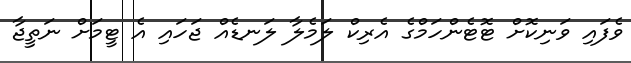
ވެފައި ވަނިކޮށް ޓޮޓެންހަމްގެ އެރިކް ލަމެލާ ލަނޑެއް ޖަހައި އެ ޓީމަށް ނަތީޖާ